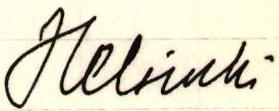
Helsinki